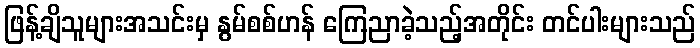
ဖြန့်ချိသူများအသင်းမှ နွမ်စစ်ဟန် ကြေညာခဲ့သည့်အတိုင်း တင်ပါးများသည်